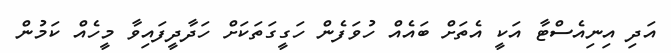
އަދި އިނިއެސްޓާ އަކީ އެތަށް ބައެއް ހުވަފެން ހަގީގަތަކަށް ހަދާދީފައިވާ މީހެއް ކަމުން